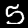
Digit: 5